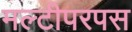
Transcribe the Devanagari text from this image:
मल्टीपरपस